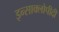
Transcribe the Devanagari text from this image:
इन्साक्लोपीदी